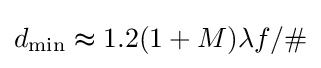
d_{\min }\thickapprox 1.2(1+M)\lambda f/\#